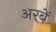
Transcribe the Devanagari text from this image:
अरबें